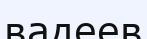
вадеев